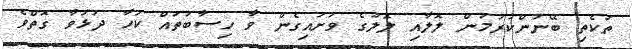
ތަކެތި ބޭނުންކުރުމުން ލޮލާއި ލޮލުގެ ވަށައިގެން ވާ ހިސާބުތައް ކަހާ ދުޅަވާ ގޮތްވެ